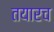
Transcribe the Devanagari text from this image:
तयारच